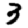
Digit: 3